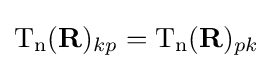
\mathrm {T_{n}} (\mathbf {R} )_{kp}=\mathrm {T_{n}} (\mathbf {R} )_{pk}